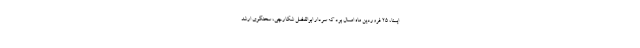
ایسنا، ۲۵ فروردین ماه امسال بود که سردار ابوالفضل شکارچی، سخنگوی ارشد